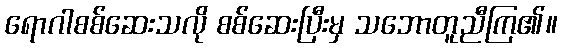
ရောဂါစစ်ဆေးသလို စစ်ဆေးပြီးမှ သဘောတူညီကြ၏။